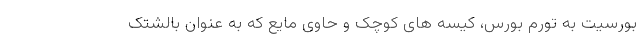
بورسیت به تورم بورس، کیسه های کوچک و حاوی مایع که به عنوان بالشتک